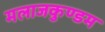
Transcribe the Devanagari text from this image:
मलाजकुण्डम